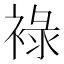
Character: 䘵